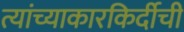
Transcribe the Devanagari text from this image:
त्यांच्याकारकिर्दीची